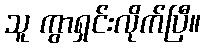
သူ ကွာရှင်းလိုက်ပြီ။